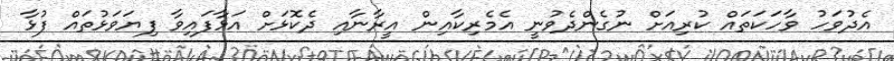
އެދުވަހު ވާހަކަތައް ކުރިއަށް ނުގެންދެވުނީ އެމެރިކާއިން އީރާނާއި ދެކޮޅަށް އަޅާފައިވާ ފިޔަވަޅުތައް ފުޅާ